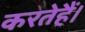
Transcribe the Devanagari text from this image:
करतेहैं।